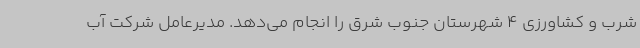
شرب و کشاورزی 4 شهرستان جنوب شرق را انجام می‌دهد. مدیرعامل شرکت آب